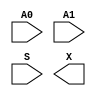
//Generated from netlist by SpyDrNet
//netlist name: FPGA88_SOFA_A
module sky130_fd_sc_hd__mux2_1
(
    A0,
    A1,
    S,
    X
);

    input A0;
    input A1;
    input S;
    output X;

    wire A0;
    wire A1;
    wire S;
    wire X;

endmodule